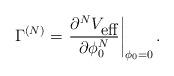
LaTeX: \begin{align*}\Gamma^{(N)}=\left.\frac{\partial^{N}V_{\mbox{eff}}}{\partial\phi_{0}^{N}}\right|_{\phi_{0}=0}.\end{align*}